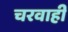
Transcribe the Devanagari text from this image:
चरवाही